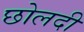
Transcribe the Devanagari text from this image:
छोलदी